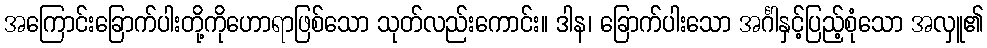
အကြောင်းခြောက်ပါးတို့ကိုဟောရာဖြစ်သော သုတ်လည်းကောင်း။ ဒါန၊ ခြောက်ပါးသော အင်္ဂါနှင့်ပြည့်စုံသော အလှူ၏